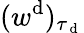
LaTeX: (w^{\mathrm{d}})_{\tau_{\mathrm{~d~}}}